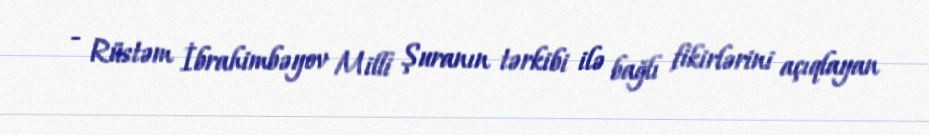
- Rüstəm İbrahimbəyov Milli Şuranın tərkibi ilə bağlı fikirlərini açıqlayan